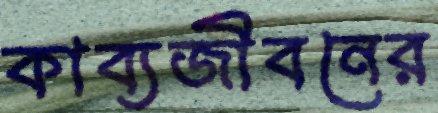
কাব্যজীবনের